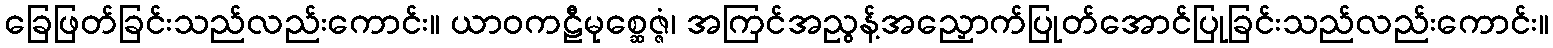
ခြေဖြတ်ခြင်းသည်လည်းကောင်း။ ယာဝကဠီမုစ္ဆေဇ္ဇံ၊ အကြင်အညွန့်အညှောက်ပြုတ်အောင်ပြုခြင်းသည်လည်းကောင်း။